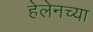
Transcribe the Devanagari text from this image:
हेलेनच्या